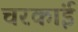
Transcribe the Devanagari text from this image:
चरकांई